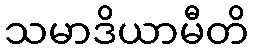
သမာဒိယာမီတိ